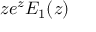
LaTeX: z e ^ { z } E _ { 1 } ( z )